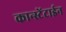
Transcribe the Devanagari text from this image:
कान्स्टेंटाईन